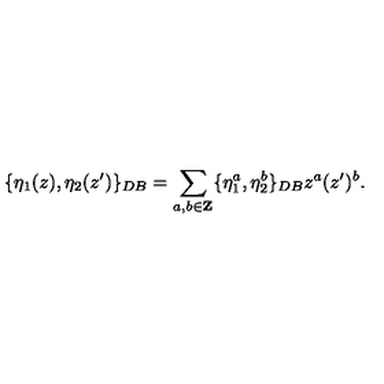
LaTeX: \{ \eta _ { 1 } ( z ) , \eta _ { 2 } ( z ^ { \prime } ) \} _ { D B } = \sum _ { a , b \in { \bf Z } } \{ \eta _ { 1 } ^ { a } , \eta _ { 2 } ^ { b } \} _ { D B } z ^ { a } ( z ^ { \prime } ) ^ { b } .